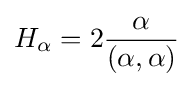
H_{\alpha }=2{\frac {\alpha }{(\alpha ,\alpha )}}